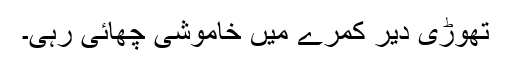
تھوڑی دیر کمرے میں خاموشی چھائی رہی۔